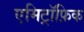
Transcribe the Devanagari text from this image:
एमिट्रॉफ़िक